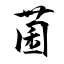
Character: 菌